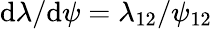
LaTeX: \mathrm d\lambda/\mathrm d\psi=\lambda_{12}/\psi_{12}